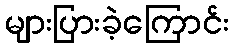
များပြားခဲ့ကြောင်း